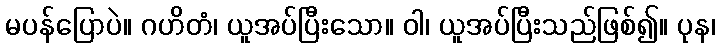
မပန်ပြောပဲ။ ဂဟိတံ၊ ယူအပ်ပြီးသော။ ဝါ၊ ယူအပ်ပြီးသည်ဖြစ်၍။ ပုန၊